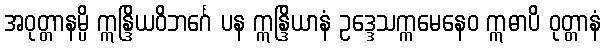
အဝုတ္တာနမ္ပိ ဣန္ဒြိယဝိဘင်္ဂေ ပန ဣန္ဒြိယာနံ ဥဒ္ဒေသက္ကမေနေဝ ဣဓာပိ ဝုတ္တာနံ